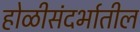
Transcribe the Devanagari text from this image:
होळीसंदर्भातील